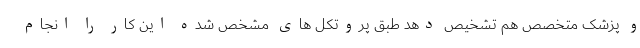
و پزشک متخصص هم تشخیص دهد طبق پروتکل های مشخص شده این کار را انجام